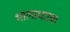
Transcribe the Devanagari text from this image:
भालाधारक